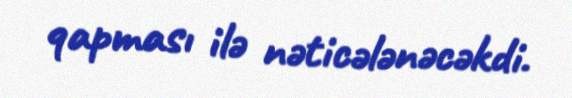
qapması ilə nəticələnəcəkdi.